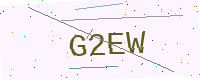
Text: G2EW